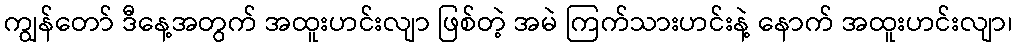
ကျွန်တော် ဒီနေ့အတွက် အထူးဟင်းလျာ ဖြစ်တဲ့ အမဲ ကြက်သားဟင်းနဲ့ နောက် အထူးဟင်းလျာ၊